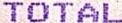
TOTAL